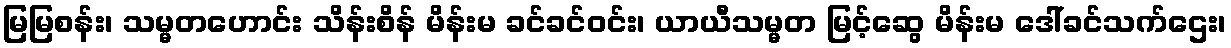
မြမြစန်း၊ သမ္မတဟောင်း သိန်းစိန် မိန်းမ ခင်ခင်ဝင်း၊ ယာယီသမ္မတ မြင့်ဆွေ မိန်းမ ဒေါ်ခင်သက်ဌေး၊